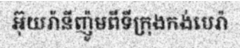
អ៊ុយរ៉ានីញ៉ូមពីទីក្រុងកង់បេរ៉ា